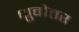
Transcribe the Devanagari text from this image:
ध्रुवोत्तर